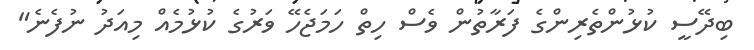
ބިދޭސީ ކުޅުންތެރިންގެ ފަރާތުން ވެސް ހިތް ހަމަޖެހޭ ވަރުގެ ކުޅުމެއް މިއަދު ނުފެނެ"